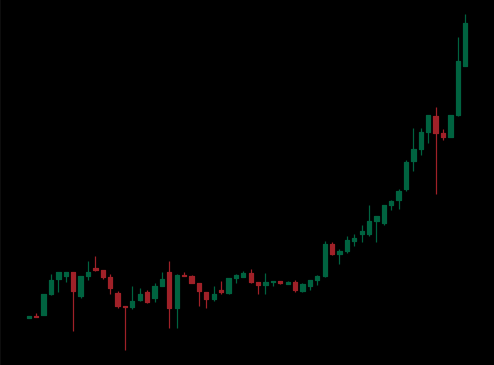
Pattern: unclassified